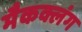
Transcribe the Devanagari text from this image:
मैकक्लंग